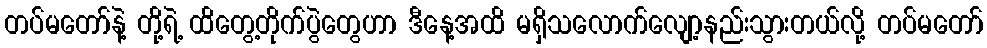
တပ်မတော်နဲ့ တို့ရဲ့ ထိတွေ့တိုက်ပွဲတွေဟာ ဒီနေ့အထိ မရှိသလောက်လျော့နည်းသွားတယ်လို့ တပ်မတော်